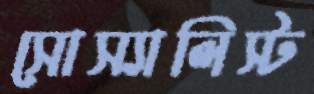
সোস্যালিস্ট